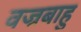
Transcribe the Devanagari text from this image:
वज्रबाहु